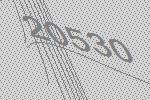
20530